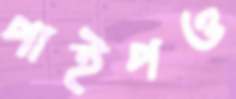
পাইপও